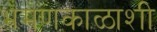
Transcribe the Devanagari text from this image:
भ्रमणकाळाशी